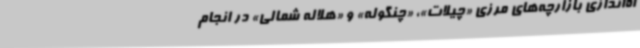
اه‌اندازی بازارچه‌های مرزی «چیلات»، «چنگوله» و «هلاله شمالی» در انجام